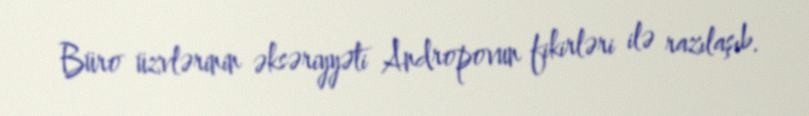
Büro üzvlərinin əksəriyyəti Andropovun fikirləri ilə razılaşıb.